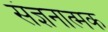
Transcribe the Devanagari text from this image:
संज्ञनात्मक